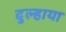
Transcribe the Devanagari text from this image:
दुल्हाया